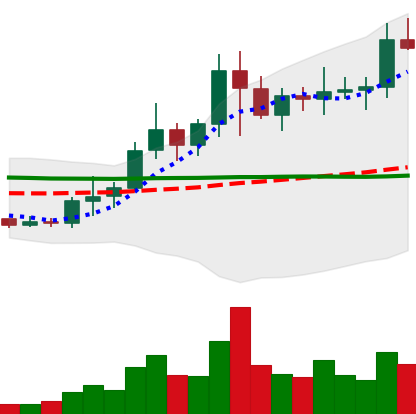
Ticker: NEO-USD
Chart end date: 2021-01-19
Forward return: -7.768%
Label: down_7plus